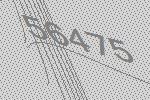
56475